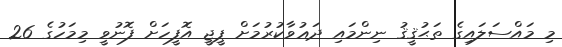
މި މައްސަލައިގެ ތަޙުޤީޤު ނިންމައި ދަޢުވާކުރުމަށް ޕީޖީ އޮފީހަށް ފޮނުވީ މިމަހުގެ 26